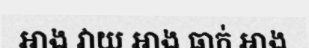
អាង វាយ អាង ធាក់ អាង